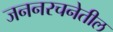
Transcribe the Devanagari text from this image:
जननरचनेतील